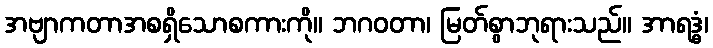
အဗျာကတာအစရှိသောစကားကို။ ဘဂဝတာ၊ မြတ်စွာဘုရားသည်။ အာရဒ္ဓံ၊